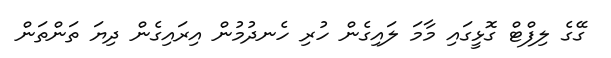
ގޭގެ ލިފްޓް ގޮޅީގައި މާމަ ލައިގެން ހުރި ހެނދުމުން އިރައިގެން ދިޔަ ތަންތަން